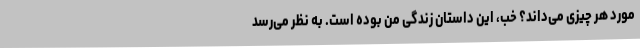
مورد هر چیزی می‌داند؟ خب، این داستان زندگی من بوده است. به نظر می‌رسد